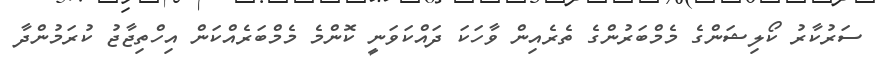
ސަރުކާރު ކޯލިޝަންގެ މެމްބަރުންގެ ތެރެއިން ވާހަކަ ދައްކަވަނީ ކޮންމެ މެމްބަރެއްކަން އިހްތިޖާޖު ކުރަމުންދާ